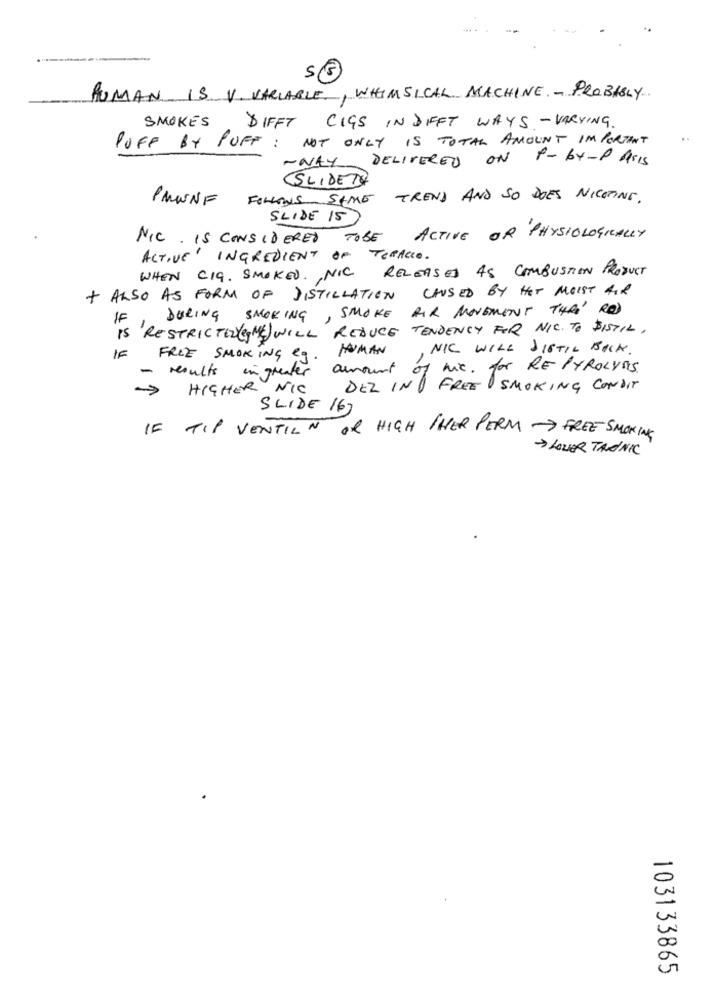
55
HUMAN IS V. VARIABLE, WHIMSICAL MACHINE - PROBABLY
SMOKES DIFFT CIGS IN DIFFT WAYS - VARYING.
POFF BY PUFF: NOT ONLY IS TOTAL AMOUNT IMPORTANT
-WAY DELIVERED ON P-BY-PASS
SLIDETO
PMUNNF
FOLLOWS SAIME TREND AND SO DOES NICOTINE.
SLIDE 15
NIC. IS CONSIDERED TOBE ACTIVE OR PHYSIOLOGICALLY
ACTIVE INGREDIENT OF TORACIO.
WHEN CIG. SMOKED. , NIC RELEASED AS COMBUSTION PRODUCT
CAUSED BY HET MOIST AIR
+ ALSO AS FORM OF DISTILLATION
DURING SMOKING, SMOKE AIR MOVEMENT THAT ROD
IF
IS RESTRICTED(CMS) WILL REDUCE TENDENCY FOR NIC. TO DISTIL.
HUMAN
NIC WILL DISTIL BACK .
IF
FREE SMOKING eg .
- results ingreater
amount
of mix. for RE PYROLyas
HIGHER NIC
DEZ IND FREE SMOKING CONDIT
SLIDE 16)
IF TIP VENTILN OR HIGH THER PERM -> FREE SMOKING
-> LOUER TANNIC
103133865